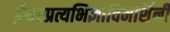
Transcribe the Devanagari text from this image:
ईश्वरप्रत्यभिज्ञाविमर्शिनी